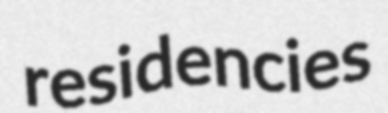
residencies